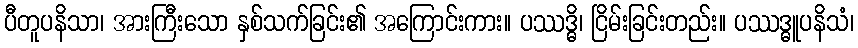
ပီတူပနိသာ၊ အားကြီးသော နှစ်သက်ခြင်း၏ အကြောင်းကား။ ပဿဒ္ဓိ၊ ငြိမ်းခြင်းတည်း။ ပဿဒ္ဓူပနိသံ၊